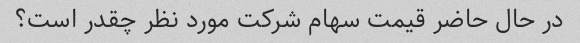
در حال حاضر قیمت سهام شرکت مورد نظر چقدر است؟